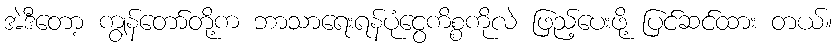
အဲဒီတော့ ကျွန်တော်တို့က ဘာသာရေးရန်ပုံငွေကိစ္စကိုလဲ ဖြည့်ပေးဖို့ ပြင်ဆင်ထား တယ်။